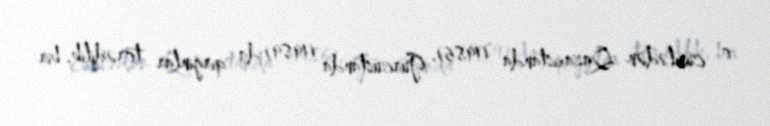
o cümlədən Qazaxıstanda (1986), Gürcüstanda (1989) da qırğınlar törədilib, bir